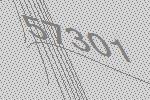
57301